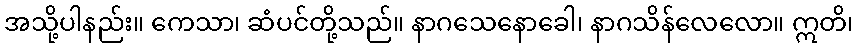
အသို့ပါနည်း။ ကေသာ၊ ဆံပင်တို့သည်။ နာဂသေနောခေါ၊ နာဂသိန်လေလော။ ဣတိ၊